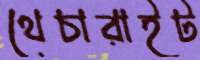
থেচারাইট